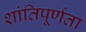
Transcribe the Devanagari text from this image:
शांतिपूर्णता